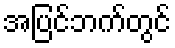
အပြင်ဘက်တွင်